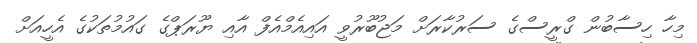
މިހާ ހިސާބުން ގްރީސްގެ ސަރުކާރަށް މަޖުބޫރުވީ އައިއެމްއެފް އާއި ޔޫރަޕްގެ ގައުމުތަކުގެ އެހީއަށް